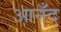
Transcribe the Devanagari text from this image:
आनँद